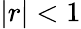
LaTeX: |r|<1